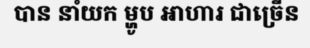
បាន នាំយក ម្ហូប ឣាហារ ជាច្រើន